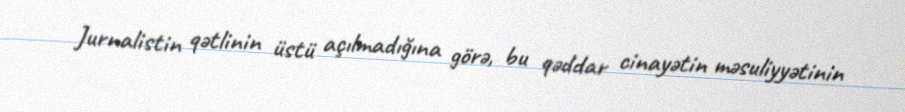
Jurnalistin qətlinin üstü açılmadığına görə, bu qəddar cinayətin məsuliyyətinin